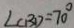
\angle C B D = 7 0 ^ { \circ }